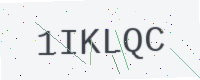
Text: 1IKLQC